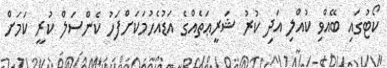
ކޯޓުގައި ބޭއްވި ކުއްލި އަދި ކުރު ޝަރީޢަތެއްގެ އަޑުއެހުމަކަށްފަހު ކެންސަލް ކުރީ ކަމަށް